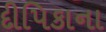
દીપિકાના